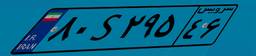
۸۰S۲۹۵۴۶